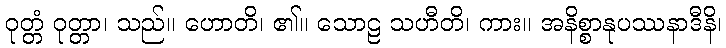
ဝုတ္တံ ဝုတ္တာ၊ သည်။ ဟောတိ၊ ၏။ သောဠ သဟီတိ၊ ကား။ အနိစ္စာနုပဿနာဒီနိ၊